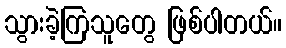
သွားခဲ့ကြသူတွေ ဖြစ်ပါတယ်။